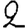
Digit: 2